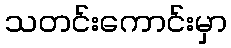
သတင်းကောင်းမှာ